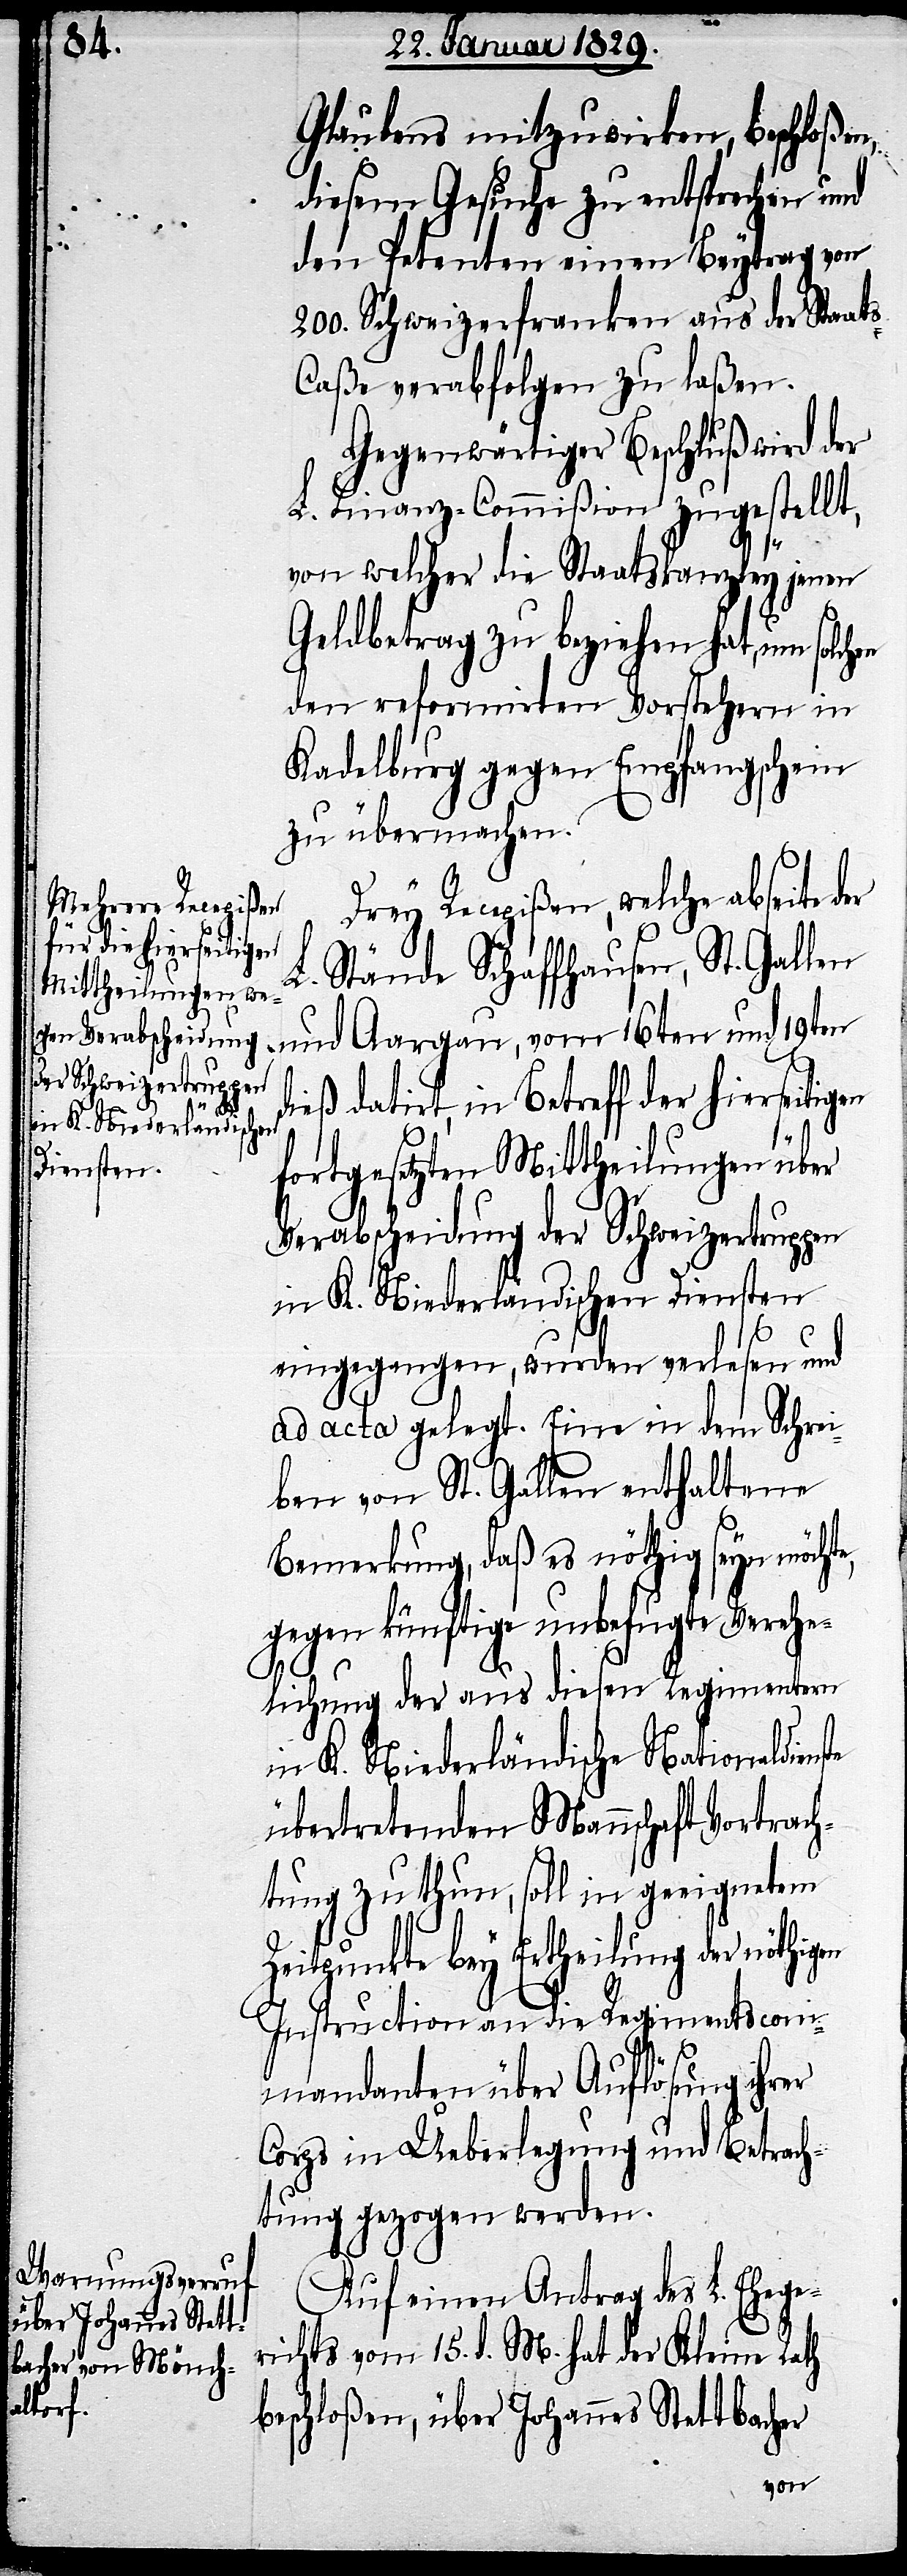
en
Glaubens mitzuwirken, beschloßen,
diesem Gesuche zu entsprechen und
den Petenten einen Beytrag von
200. Schweizerfranken aus der Staat¬
s-Caße verabfolgen zu laßen.
Gegenwärtiger Beschluß wird der
L. Finanz-Commißion zugestellt,
von welcher die Staatskanzley jenen
Geldbetrag zu beziehen hat, um solchen
den reformirten Vorstehern in
Kadelburg gegen Empfangschein
zu übermachen.
Drey Recepißen, welche abseite
L. Stände Schaffhausen, St. Gallen
dieß datirt, in Betreff der hierseitig¬
fortgesetzten Mittheilungen über
Verabscheidung der Schweizertruppen
in K. Niederländischen Diensten
eingegangen, wurden verlesen und
ad acta gelegt. Eine in dem Schrei¬
ben von St. Gallen enthaltene
Bemerkung, daß es nöthig seyn möchte,
gegen künftige unbefugte Verehe¬
lichung der aus diesen Regimentern
in K. Niederländische Nationaldienste
übertretenden Mannschaft Vortrach¬
tung zu thun, soll in geeignetem
Zeitpunkte bey Ertheilung der nöthig¬
Instructionen an die Regimentscom¬
mandate über Auflösung ihrer
Corps in Ueberlegung und Betrach¬
tung gezogen werden.
Auf einen Antrag des L. Ehege¬
richts vom 15. d. M. hat der Kleine Rath
beschloßen, über Johannes Stettbacher